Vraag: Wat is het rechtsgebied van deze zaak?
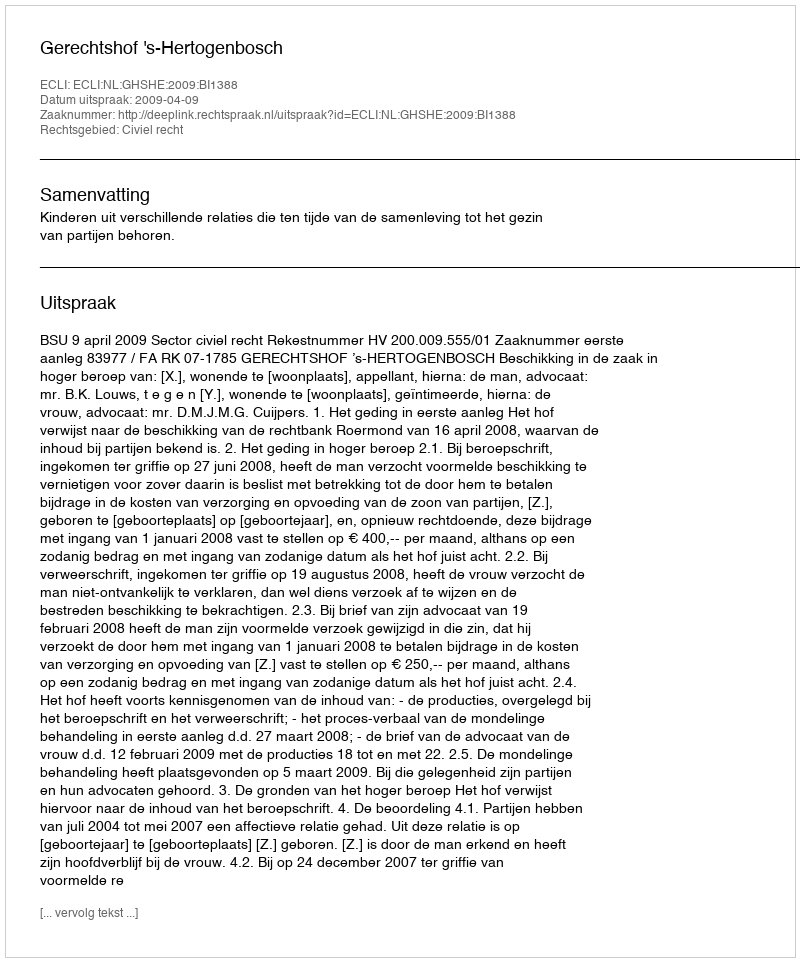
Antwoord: Civiel recht